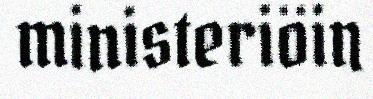
ministeriöin